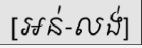
[អន់-លង់]